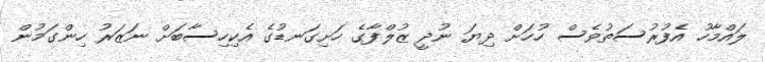
ލައްމާހު އެފުރުސަތުވެސް ހުހަށް ދިޔަ ނުދީ ޒުލްފާގެ ހަށިގަނޑުގެ އެކިހިސާބަށް ނަޒަރު ހިންގަމުން